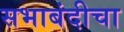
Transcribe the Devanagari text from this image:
सभाबंदीचा